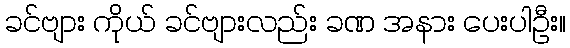
ခင်ဗျား ကိုယ် ခင်ဗျားလည်း ခဏ အနား ပေးပါဦး။